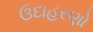
ઉદાહરણો